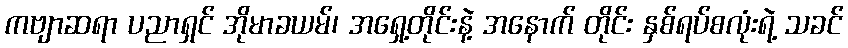
ကဗျာဆရာ ပညာရှင် အိုမာခယမ်၊ အရှေ့တိုင်းနဲ့ အနောက် တိုင်း နှစ်ရပ်စလုံးရဲ့ သခင်